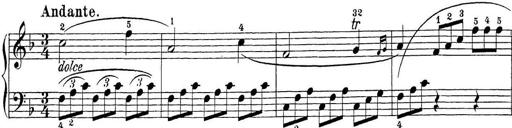
Title: Sonatina Album
Composer: Louis KÃ¶hler